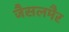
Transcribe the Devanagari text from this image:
जैसलमैर